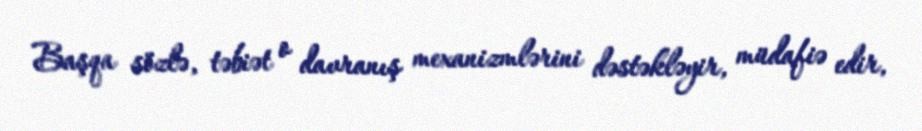
Başqa sözlə, təbiət o davranış mexanizmlərini dəstəkləyir, müdafiə edir,